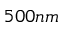
5 0 0 n m